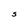
Character: S